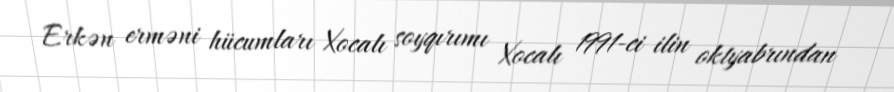
Erkən erməni hücumları Xocalı soyqırımı Xocalı 1991-ci ilin oktyabrından